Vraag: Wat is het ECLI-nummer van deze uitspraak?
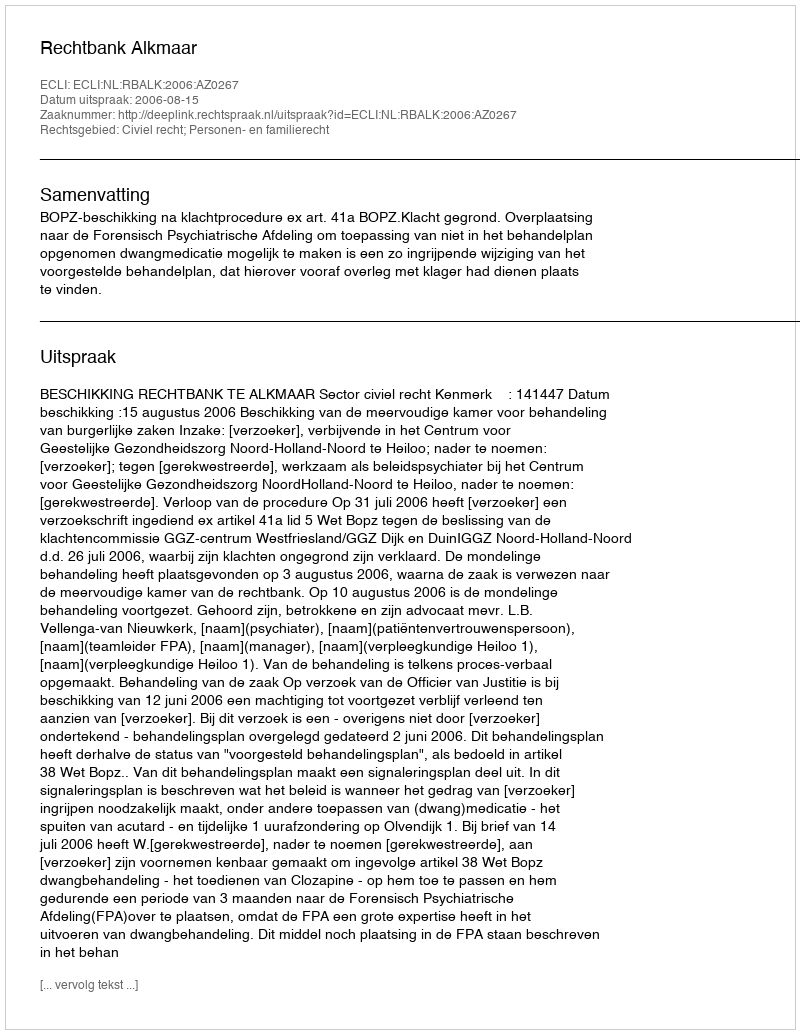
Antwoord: ECLI:NL:RBALK:2006:AZ0267